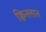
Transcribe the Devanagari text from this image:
क्विनलान